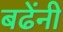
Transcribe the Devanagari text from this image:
बढेंनी